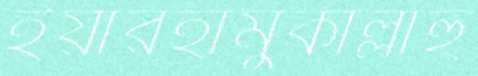
ইয়ারহামুকাল্লাহু